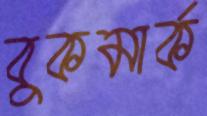
বুকমার্ক